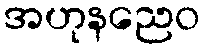
အဟုနညေဝ